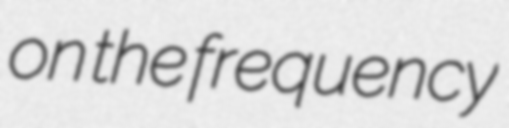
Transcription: on the frequency